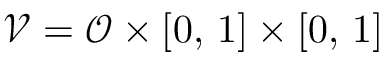
\mathcal { V } = \mathcal { O } \times [ 0 , \, 1 ] \times [ 0 , \, 1 ]